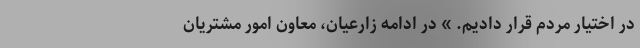
در اختیار مردم قرار دادیم. » در ادامه زارعیان، معاون امور مشتریان